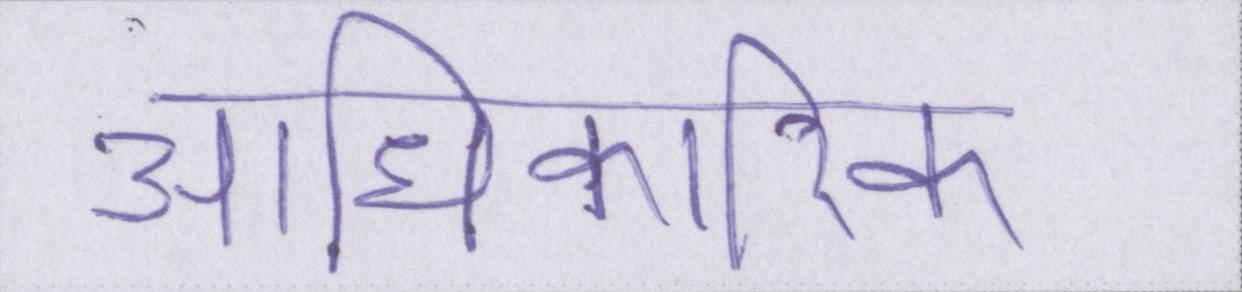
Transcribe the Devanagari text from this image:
आधिकारिक